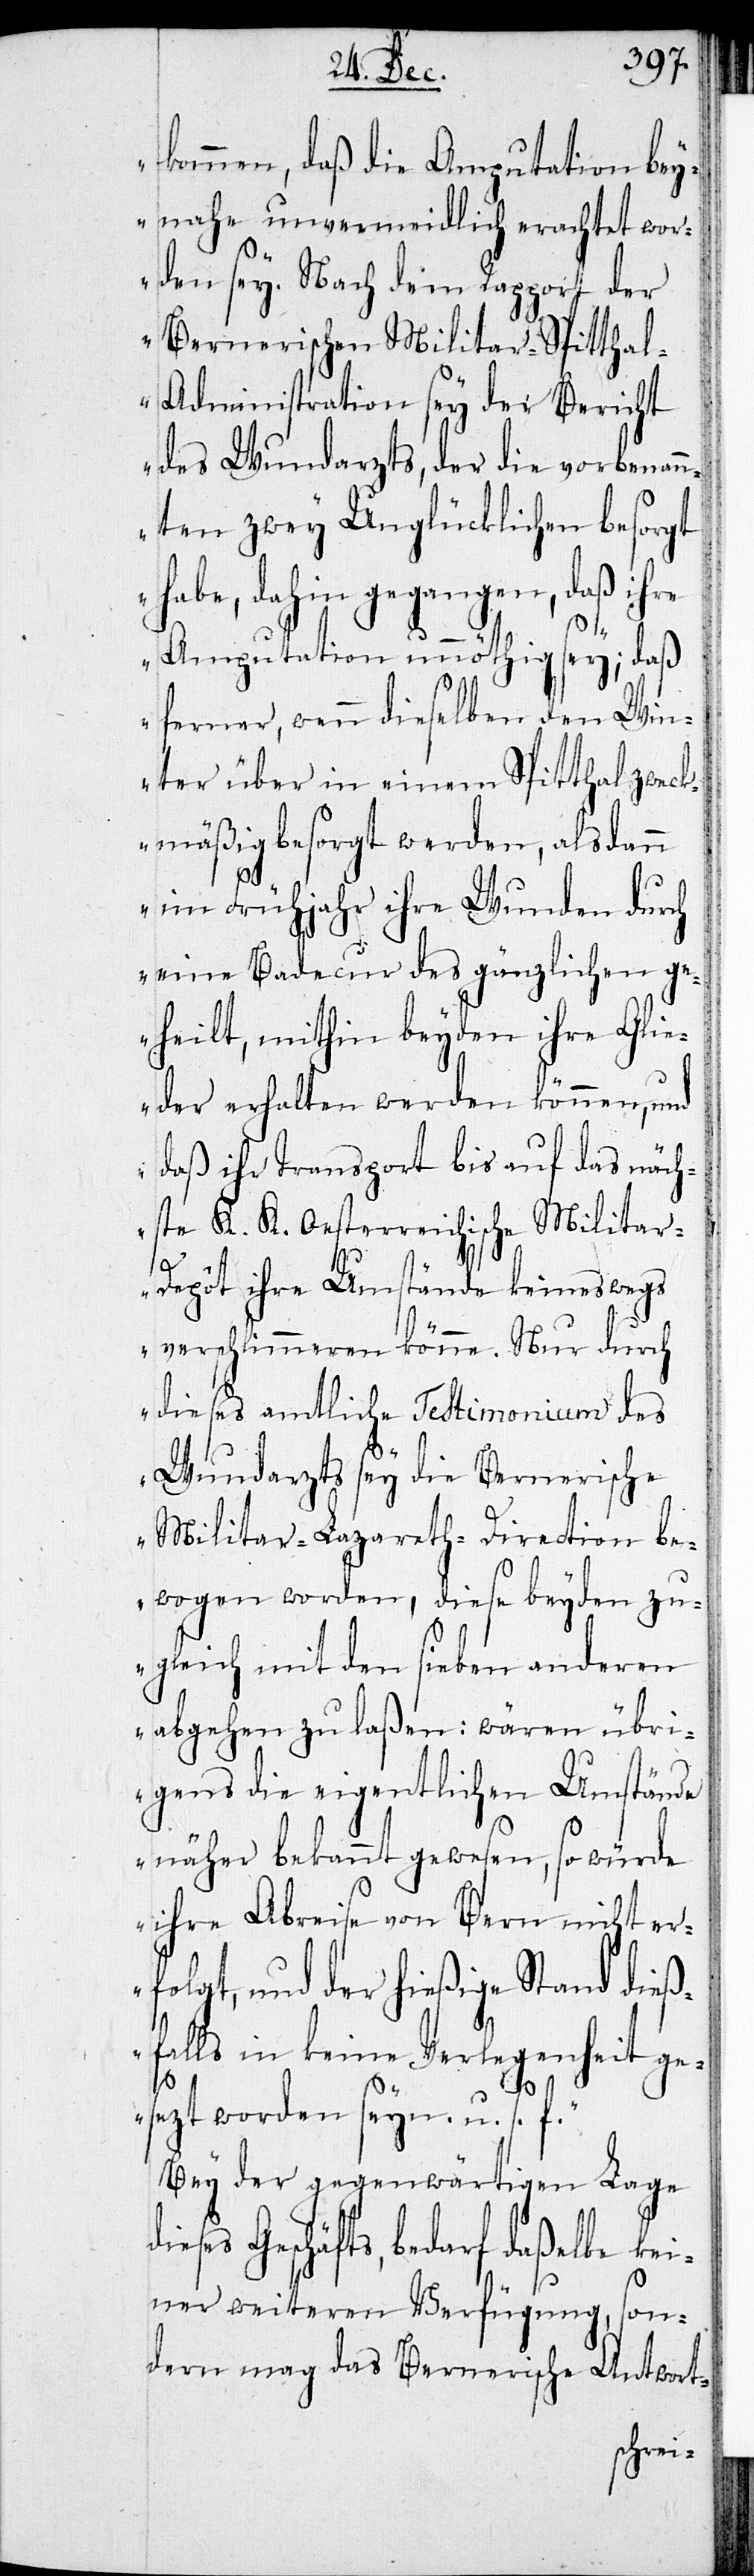
kommen, daß die Amputation bey¬
nahe unvermeidlich erachtet wor¬
den sey. Nach dem Rapport der
Bernerischen Militar-Spittha¬
l-Administration sey der Bericht
des Wundarzts, der die vorbenann¬
ten zwey Unglücklichen besorgt
habe, dahin gegangen, daß ihre
Amputation unnöthig sey; daß
ferner, wenn dieselben den Win¬
ter über in einem Spitthal zwec¬
kmäßig besorgt werden, als dann
im Frühjahr ihre Wunden durch
eine Badekur des gänzlichen ge¬
heilt, mithin beyden ihre Glie¬
der erhalten werden können, und
daß ihr Transport bis auf das näch¬
ste K. K. Oesterreichische Milita¬
r-Depot ihre Umstände keineswegs
verschlimmeren könne. Nur durch
dieses amtliche Testimonium des
Wundarzts sey die Bernerische
Militar-Lazareth-Direction be¬
wogen worden, diese beyden zu¬
gleich mit den sieben anderen
abgehen zu laßen: wären übri¬
gens die eigentlichen Umstände
näher bekannt gewesen, so würde
ihre Abreise von Bern nicht er¬
folgt, und der hießige Stand dieß¬
falls in keine Verlegenheit ge¬
sezt worden seyn u. s. f.“
Bey der gegenwärtigen Lage
Geschäfts, bedarf daßelbe kei¬
ner weiteren Verfügung, son¬
dern mag das Bernerische Antwort-